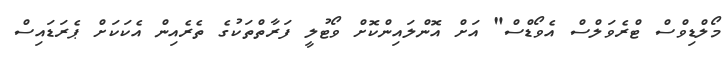
މޯލްޑިވްސް ޓްރެވަލްސް އެވޯޑްސް" އަށް އޮންލައިންކޮށް ވޯޓުލީ ފަރާތްތަކުގެ ތެރެއިން އެކަކަށް ޕެރަޑައިސް